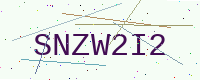
Text: SNZW2I2